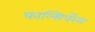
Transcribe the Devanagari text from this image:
फाल्सिपॅरम